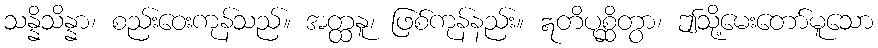
သန္နိသိန္နာ၊ စည်းဝေးကုန်သည်။ အတ္ထနူ၊ ဖြစ်ကုန်နည်း။ ဣတိပုစ္ဆိတွာ၊ ဤသို့မေးတော်မူသော